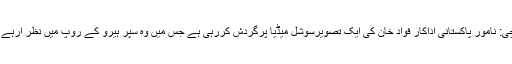
کراچی: نامور پاکستانی اداکار فواد خان کی ایک تصویرسوشل میڈیا پرگردش کررہی ہے جس میں وہ سپر ہیرو کے روپ میں نظر آرہے ہیں۔